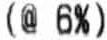
(@ 6%)